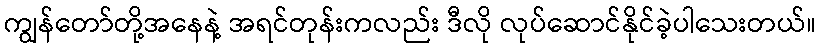
ကျွန်တော်တို့အနေနဲ့ အရင်တုန်းကလည်း ဒီလို လုပ်ဆောင်နိုင်ခဲ့ပါသေးတယ်။